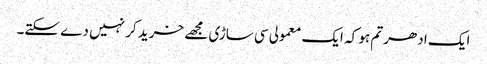
ایک ادھر تم ہو کہ ایک معمولی سی ساڑی مجھے خرید کر نہیں دے سکتے۔